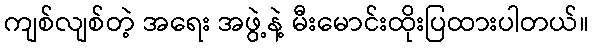
ကျစ်လျစ်တဲ့ အရေး အဖွဲ့နဲ့ မီးမောင်းထိုးပြထားပါတယ်။